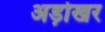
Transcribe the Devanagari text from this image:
अड़ोखर